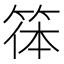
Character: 𥮋